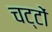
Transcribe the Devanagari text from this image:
चट्टों